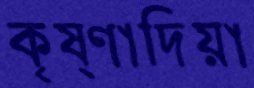
কৃষ্ণাদিয়া